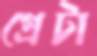
গ্রেটা